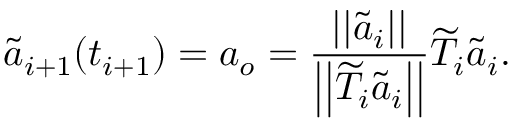
\widetilde { \boldsymbol { a } } _ { i + 1 } ( t _ { i + 1 } ) = \boldsymbol { a } _ { o } = \frac { | | \widetilde { \boldsymbol { a } } _ { i } | | } { \left| \left| \widetilde { T } _ { i } \widetilde { \boldsymbol { a } } _ { i } \right| \right| } \widetilde { T } _ { i } \widetilde { \boldsymbol { a } } _ { i } .